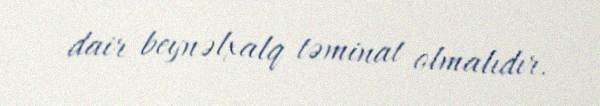
dair beynəlxalq təminat olmalıdır.